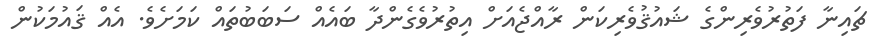
ޗައިނާ ފަތުރުވެރިންގެ ޝައުޤުވެރިކަން ރާއްޖެއަށް އިތުރުވެގެންދާ ބައެއް ސަބަބުތައް ކަމަށެވެ. އެއް ޤައުމަކުން